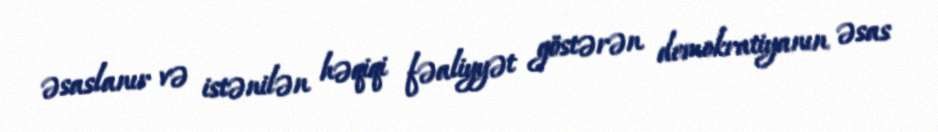
əsaslanır və istənilən həqiqi fəaliyyət göstərən demokratiyanın əsas